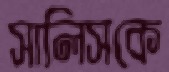
সালিসকে